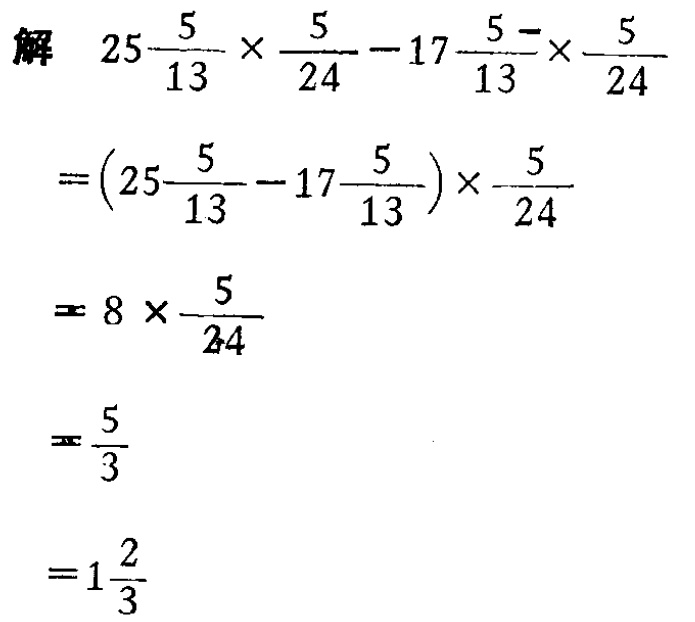
\[

\begin{align*}

&25\frac{5}{13} \times \frac{5}{24} - 17\frac{5}{13} \times \frac{5}{24}\\

=&(25\frac{5}{13} - 17\frac{5}{13}) \times \frac{5}{24}\\

=&8\times\frac{5}{24}\\

=&\frac{5}{3}\\

=&1\frac{2}{3}

\end{align*}

\]